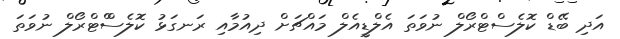
އަދި ބޭޑް ކޮލެސްޓްރޯލް ނުވަތަ އެލްޑީއެލް މައްޗަށް ދިއުމާއި ރަނގަޅު ކޮލެސްްޓްރޯލް ނުވަތަ